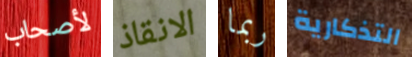
لأصحاب الانقاذ ربما التذكارية